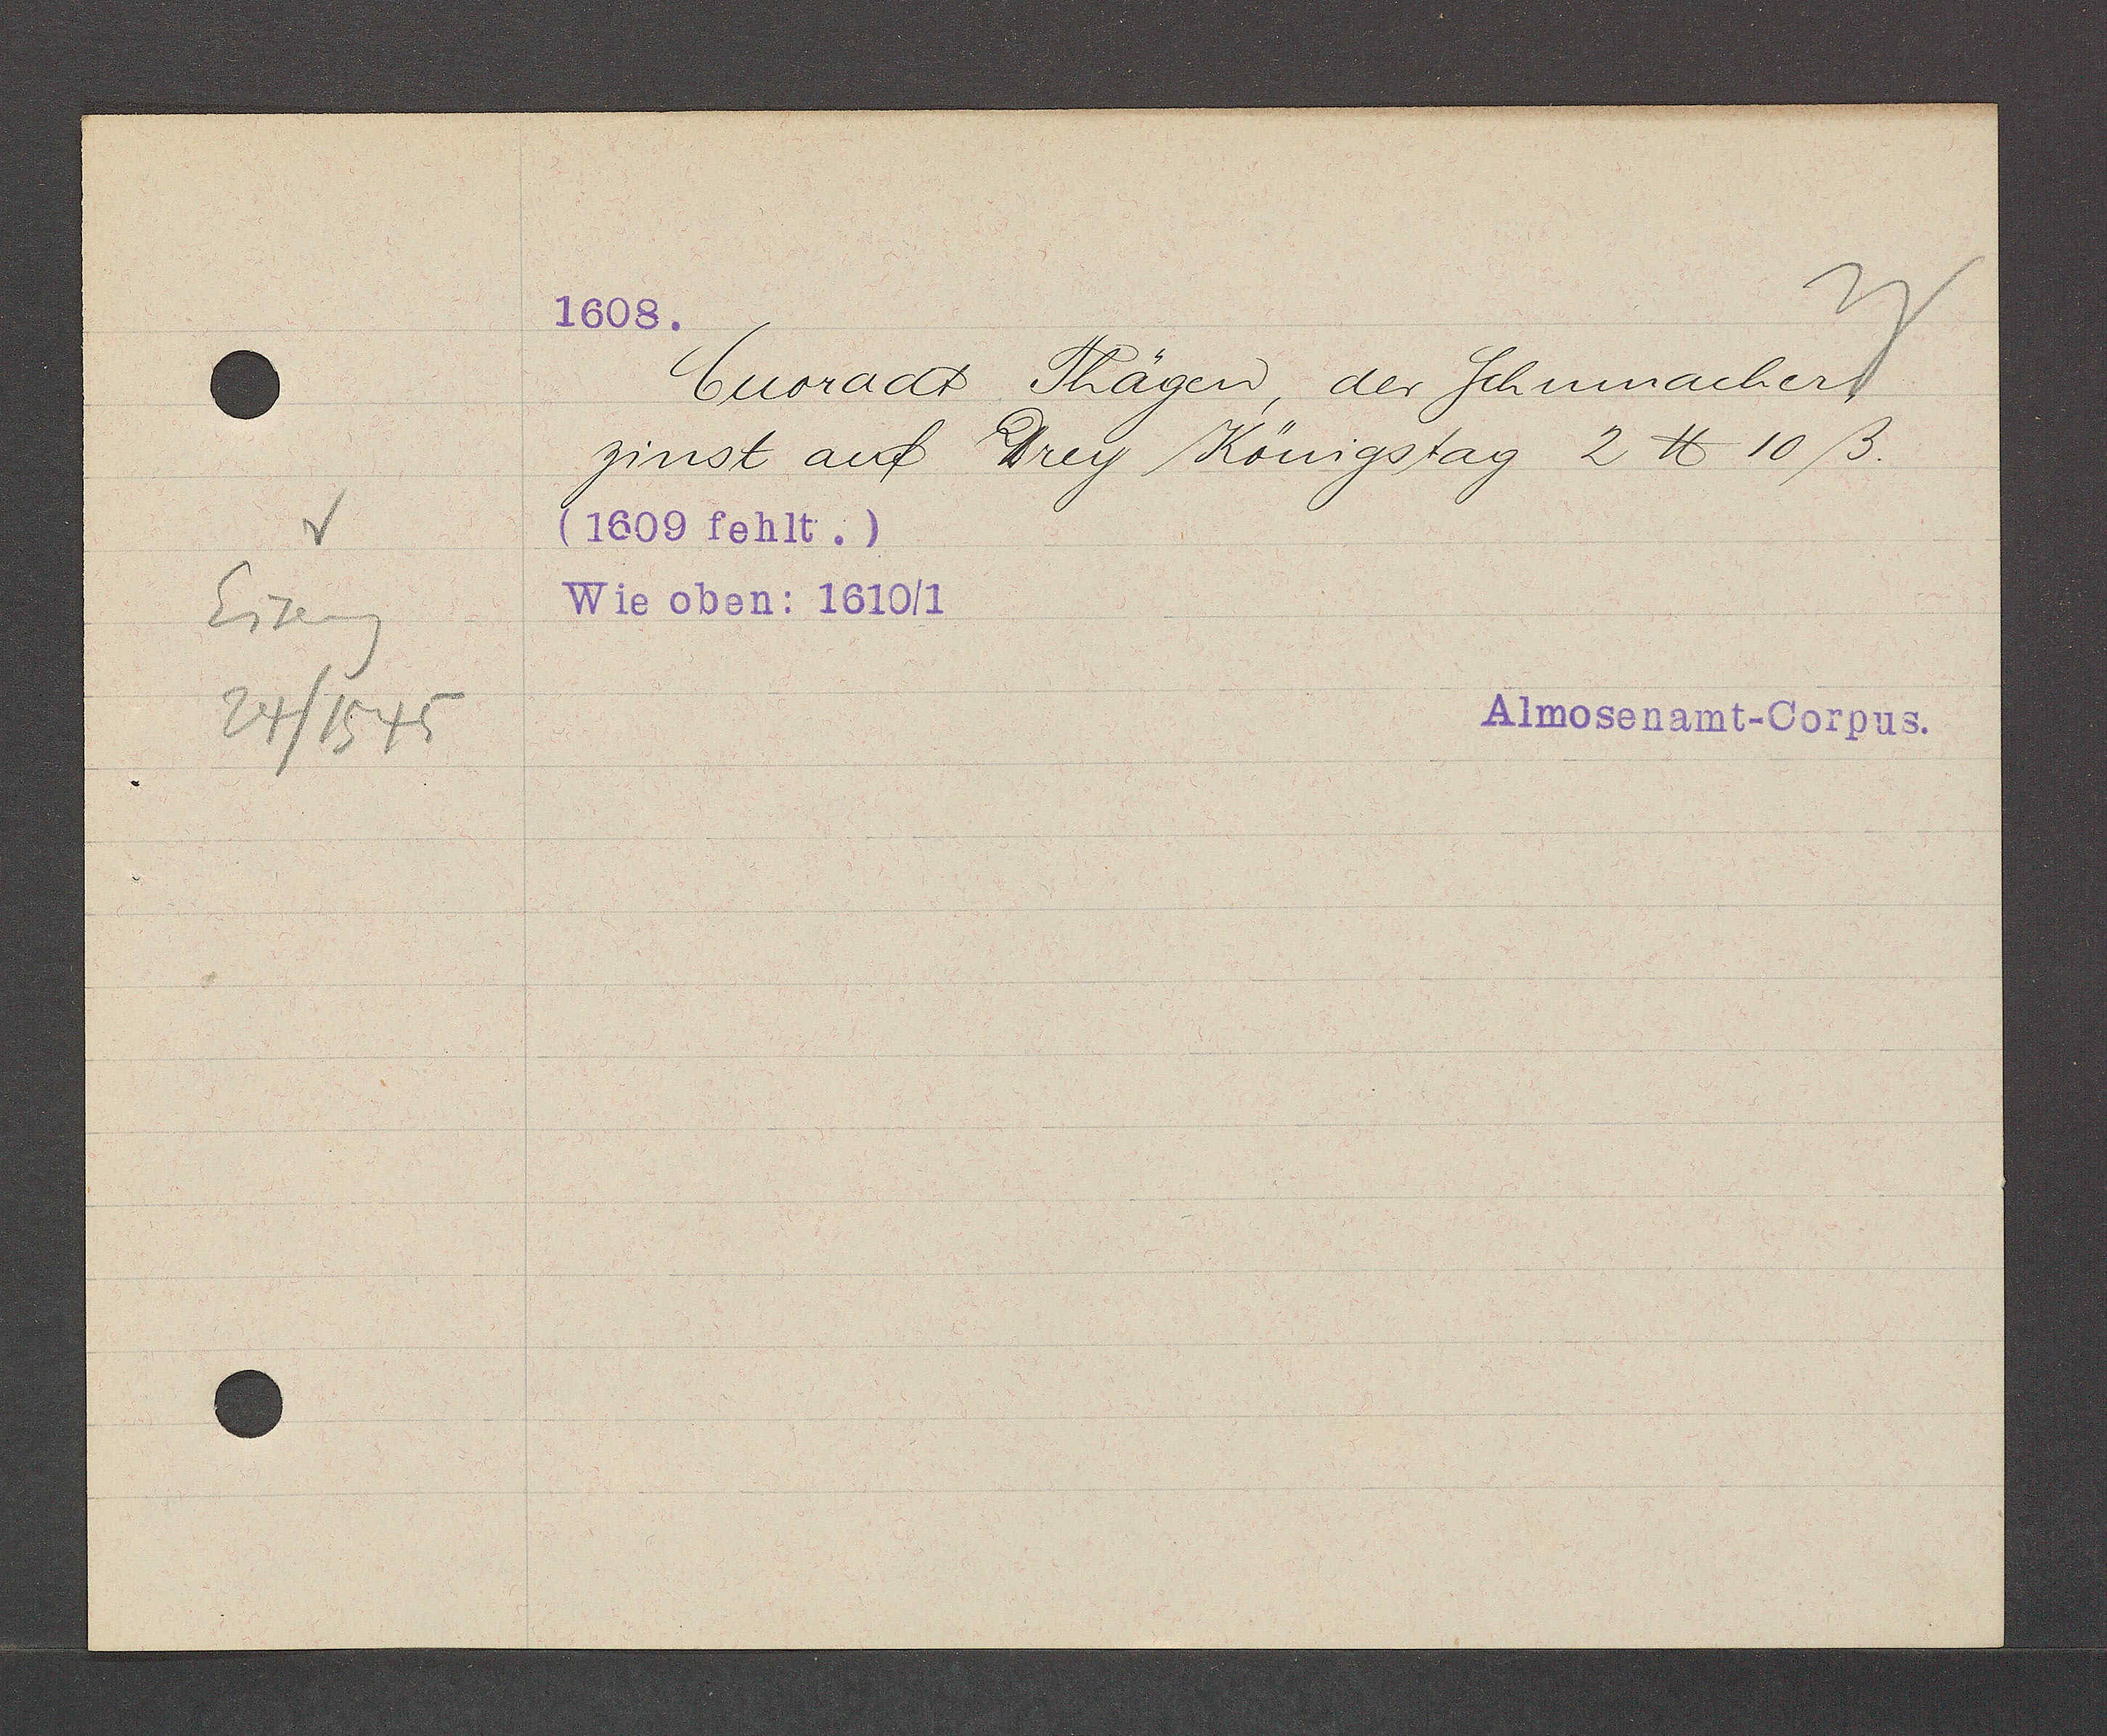
Transcript:
Eiseng

24/1545

Cuoradt Thägen der Schumacher

zinst auf Drey Königstag 2 ℔ 10 ß.